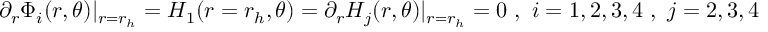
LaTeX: \partial _ { r } \Phi _ { i } ( r , \theta ) | _ { r = r _ { h } } = H _ { 1 } ( r = r _ { h } , \theta ) = \partial _ { r } H _ { j } ( r , \theta ) | _ { r = r _ { h } } = 0 \ , \ i = 1 , 2 , 3 , 4 \ , \ j = 2 , 3 , 4